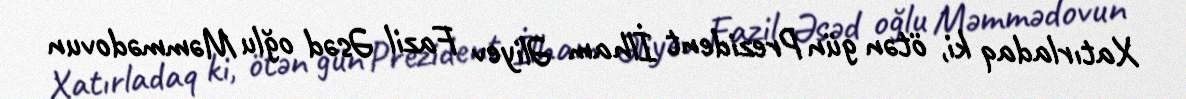
Xatırladaq ki, ötən gün Prezident İlham Əliyev Fazil Əsəd oğlu Məmmədovun